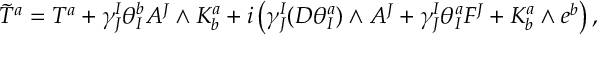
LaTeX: \tilde { T } ^ { a } = T ^ { a } + \gamma _ { J } ^ { I } \theta _ { I } ^ { b } A ^ { J } \wedge K _ { b } ^ { a } + i \left( \gamma _ { J } ^ { I } ( D \theta _ { I } ^ { a } ) \wedge A ^ { J } + \gamma _ { J } ^ { I } \theta _ { I } ^ { a } F ^ { J } + K _ { b } ^ { a } \wedge e ^ { b } \right) ,